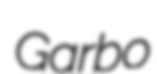
Garbo